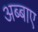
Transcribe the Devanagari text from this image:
अब्बाए